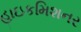
હાઇકમિશનર